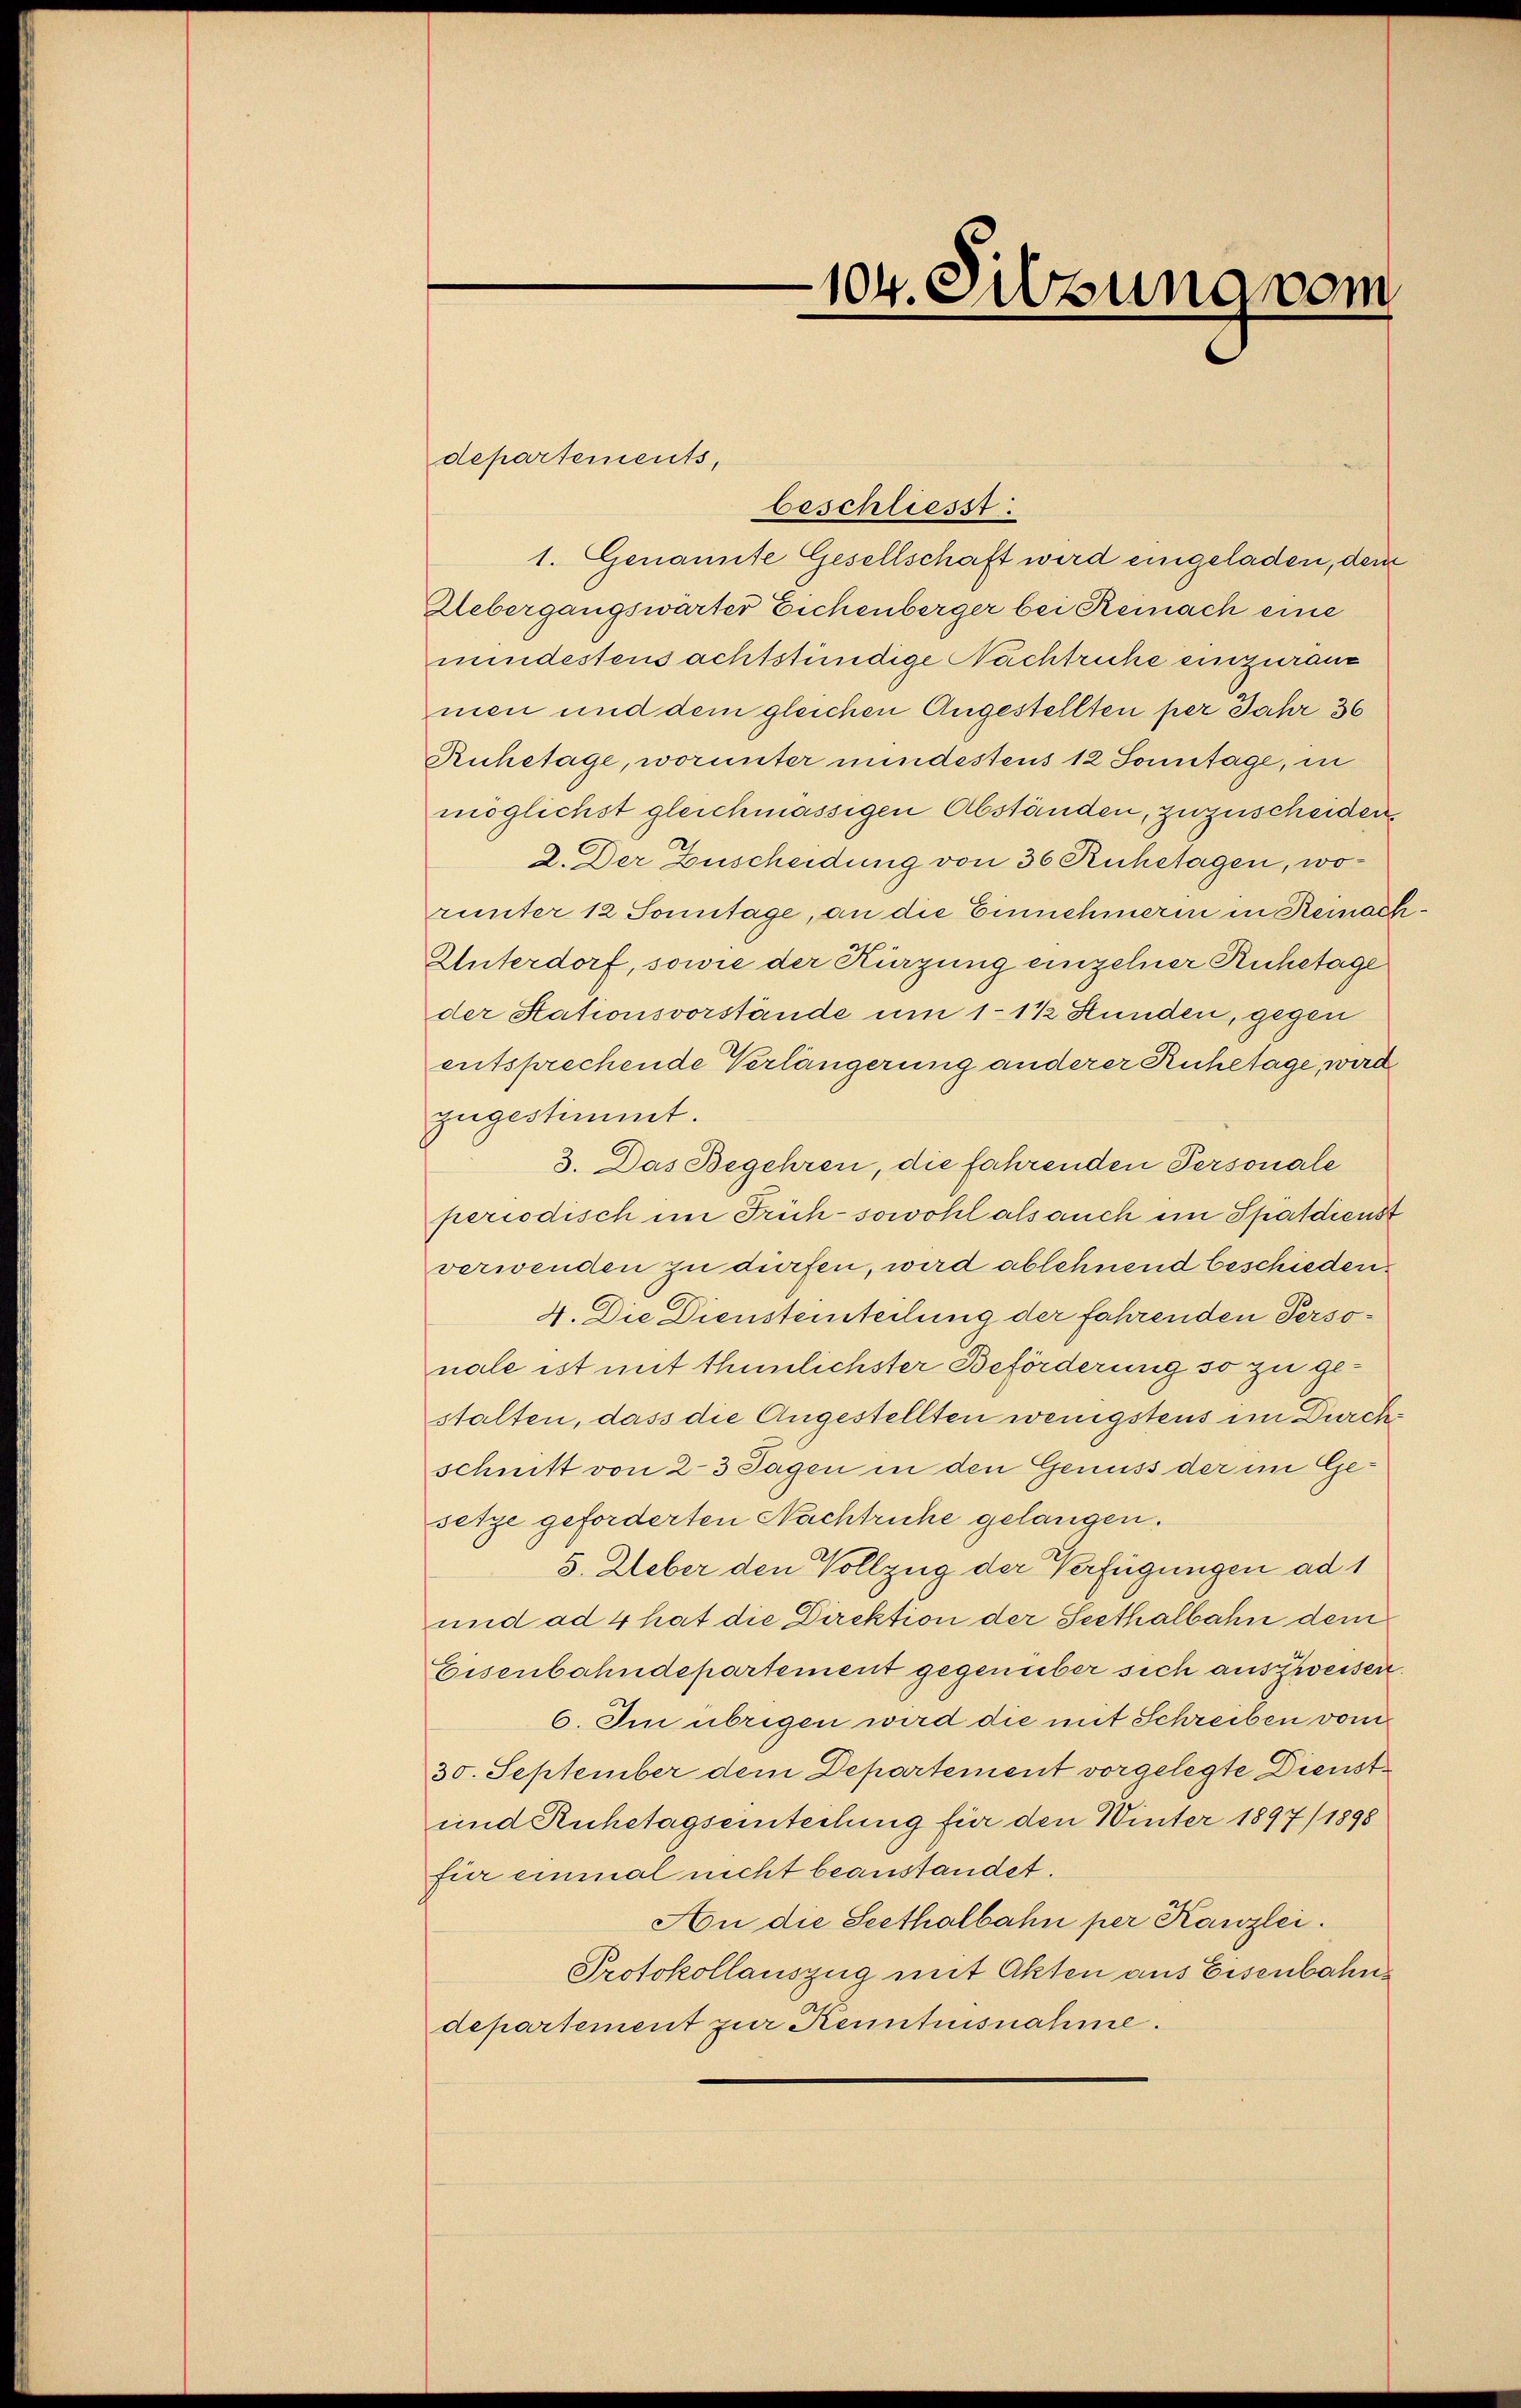
departements,
beschliesst:
1. Genannte Gesellschaft wird eingeladen, dem
Uebergangswärter Eichenberger bei Reinach eine
mindestens achtstündige Nachtruhe einzuräuc
men und dem gleichen Angestellten per Jahr 36
Ruhetage, worunter mindestens 12 Sonntage, in
möglichst gleichmässigen Abständen, zuzuscheiden.
2. Der Zuscheidung von 36 Ruhetagen, worunter 12 Sonntage, an die Einnehmerin in Reinach¬
Unterdorf, sowie der Kürzung einzelner Ruhetage
der Stationsvorstände um 11 ½ Stunden, gegen
entsprechende Verlängerung anderer Ruhetage, wird
zugestimmt.
3. Das Begehren, die fahrenden Personale
periodisch im Früh- sowohl als auch ein Spatdienst
verwenden zu dürfen, wird ablehnend beschieden.
4. Die Diensteinteilung der fahrenden Personale ist mit thunlichster Beförderung so zu gestalten, dass die Angestellten wenigstens im Durch
schnitt von 2-3 Sagen in den Genuss der im Gesetze geforderten Nachtruhe gelangen.
5. Ueber den Vollzug der Verfügungen ad 1
und ad 4 hat die Direktion der Seethalbahn dem
Eisenbahndepartement gegenüber sich auszweisen.
6. Im übrigen wird die mit Schreiben vom
30. September dem Departement vorgelegte Dienst¬
und Ruhetagseinteilung für den Winter 1897/ 1898
für einmal nicht beanstandet.
An die Seethalbahn per Kanzlei.
Protokollauszug mit Akten aus Eisenbahns
departement zur Kenntnisnahme.

104. Sitzung vom
n